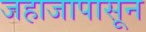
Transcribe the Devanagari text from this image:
जहाजापासून